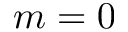
m = 0